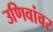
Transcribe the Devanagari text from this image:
उणिवांवर